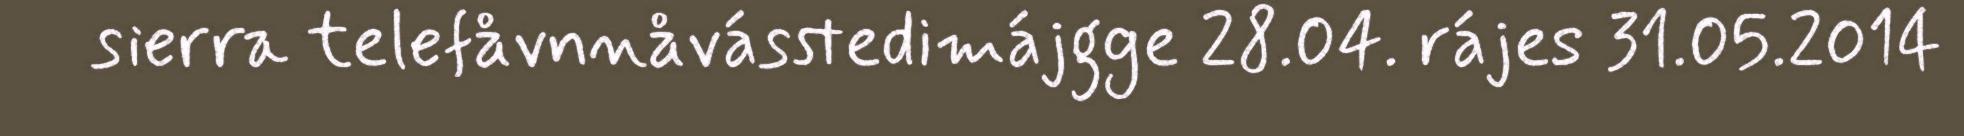
sierra telefåvnnåvásstedimájgge 28.04. rájes 31.05.2014